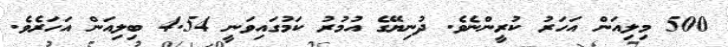
500 މިލިއަން އަހަރު ކުރީންނެވެ. ދުނިޔޭގެ އުމުރު ކަމުގައިވަނީ 4.54 ބިލިއަން އަހަރެވެ.